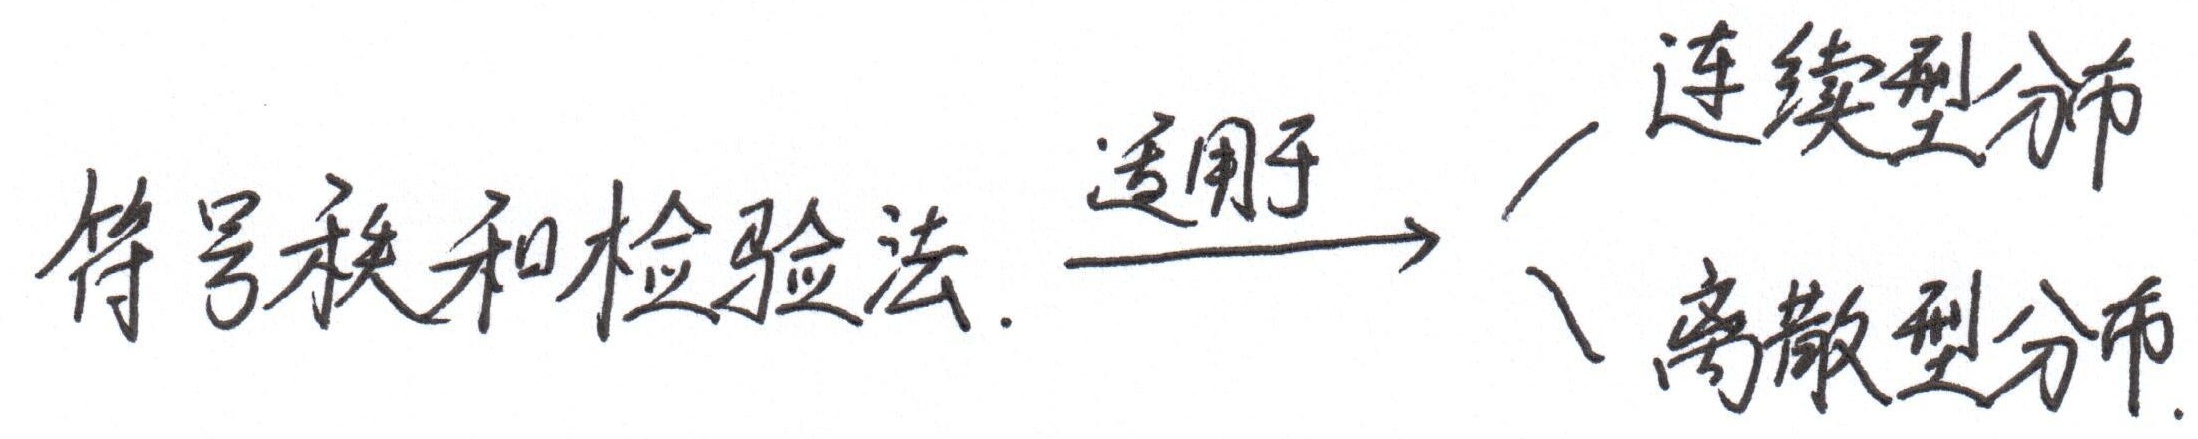
符号秩和检验法。适用于
\begin{itemize}
\item 连续型分布
\item 离散型分布
\end{itemize}